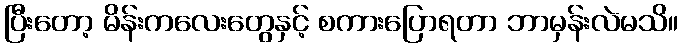
ပြီးတော့ မိန်းကလေးတွေနှင့် စကားပြောရတာ ဘာမှန်းလဲမသိ။